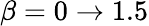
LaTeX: \beta=0\to 1.5